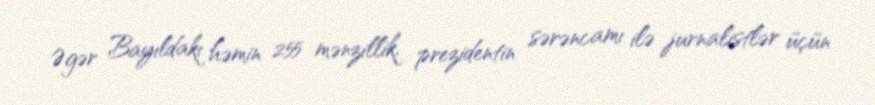
Əgər Bayıldakı həmin 255 mənzillik, prezidentin sərəncamı ilə jurnalistlər üçün